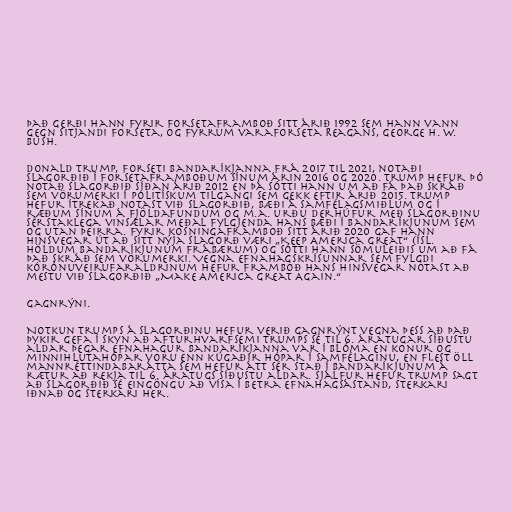
Það gerði hann fyrir forsetaframboð sitt árið 1992 sem hann vann
gegn sitjandi forseta, og fyrrum varaforseta Reagans, George H. W.
Bush.

Donald Trump, forseti Bandaríkjanna frá 2017 til 2021, notaði
slagorðið í forsetaframboðum sínum árin 2016 og 2020. Trump hefur þó
notað slagorðið síðan árið 2012 en þá sótti hann um að fá það skráð
sem vörumerki í pólitískum tilgangi sem gekk eftir árið 2015. Trump
hefur ítrekað notast við slagorðið, bæði á samfélagsmiðlum og í
ræðum sínum á fjöldafundum og m.a. urðu derhúfur með slagorðinu
sérstaklega vinsælar meðal fylgjenda hans bæði í Bandaríkjunum sem
og utan þeirra. Fyrir kosningaframboð sitt árið 2020 gaf hann
hinsvegar út að sitt nýja slagorð væri „Keep America Great“ (ísl.
Höldum Bandaríkjunum frábærum) og sótti hann sömuleiðis um að fá
það skráð sem vörumerki. Vegna efnahagskrísunnar sem fylgdi
kórónuveirufaraldrinum hefur framboð hans hinsvegar notast að
mestu við slagorðið „Make America Great Again.“

Gagnrýni.

Notkun Trumps á slagorðinu hefur verið gagnrýnt vegna þess að það
þykir gefa í skyn að afturhvarfsemi Trumps sé til 6. áratugar síðustu
aldar þegar efnahagur Bandaríkjanna var í blóma en konur og
minnihlutahópar voru enn kúgaðir hópar í samfélaginu, en flest öll
mannréttindabarátta sem hefur átt sér stað í Bandaríkjunum á
rætur að rekja til 6. áratugs síðustu aldar. Sjálfur hefur Trump sagt
að slagorðið sé eingöngu að vísa í betra efnahagsástand, sterkari
iðnað og sterkari her.